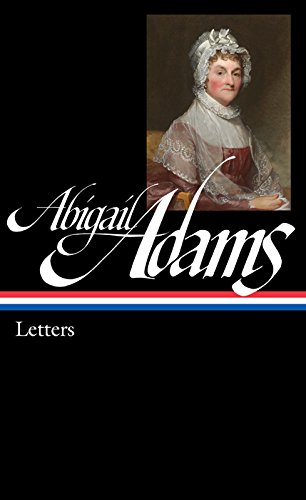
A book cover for Abigail Adams: Letters: Library of America #275 (The Library of America); Abigail Adams; Literature & Fiction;